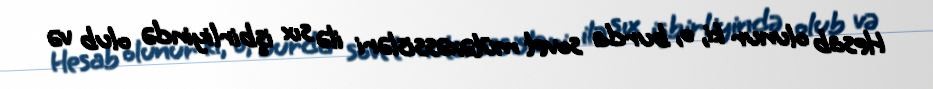
Hesab olunur ki, o, burda sovet mütəxəssisləri ilə sıx işbirliyində olub və